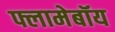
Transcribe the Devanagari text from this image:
फ्लामेबॉय